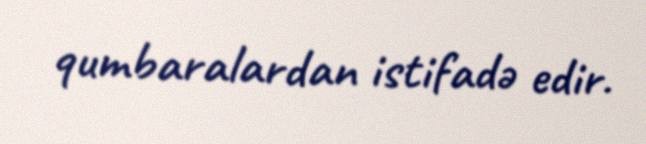
qumbaralardan istifadə edir.